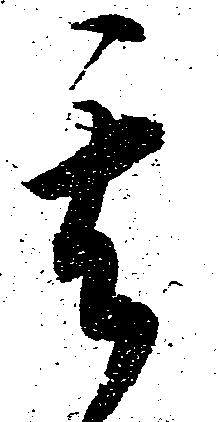
其